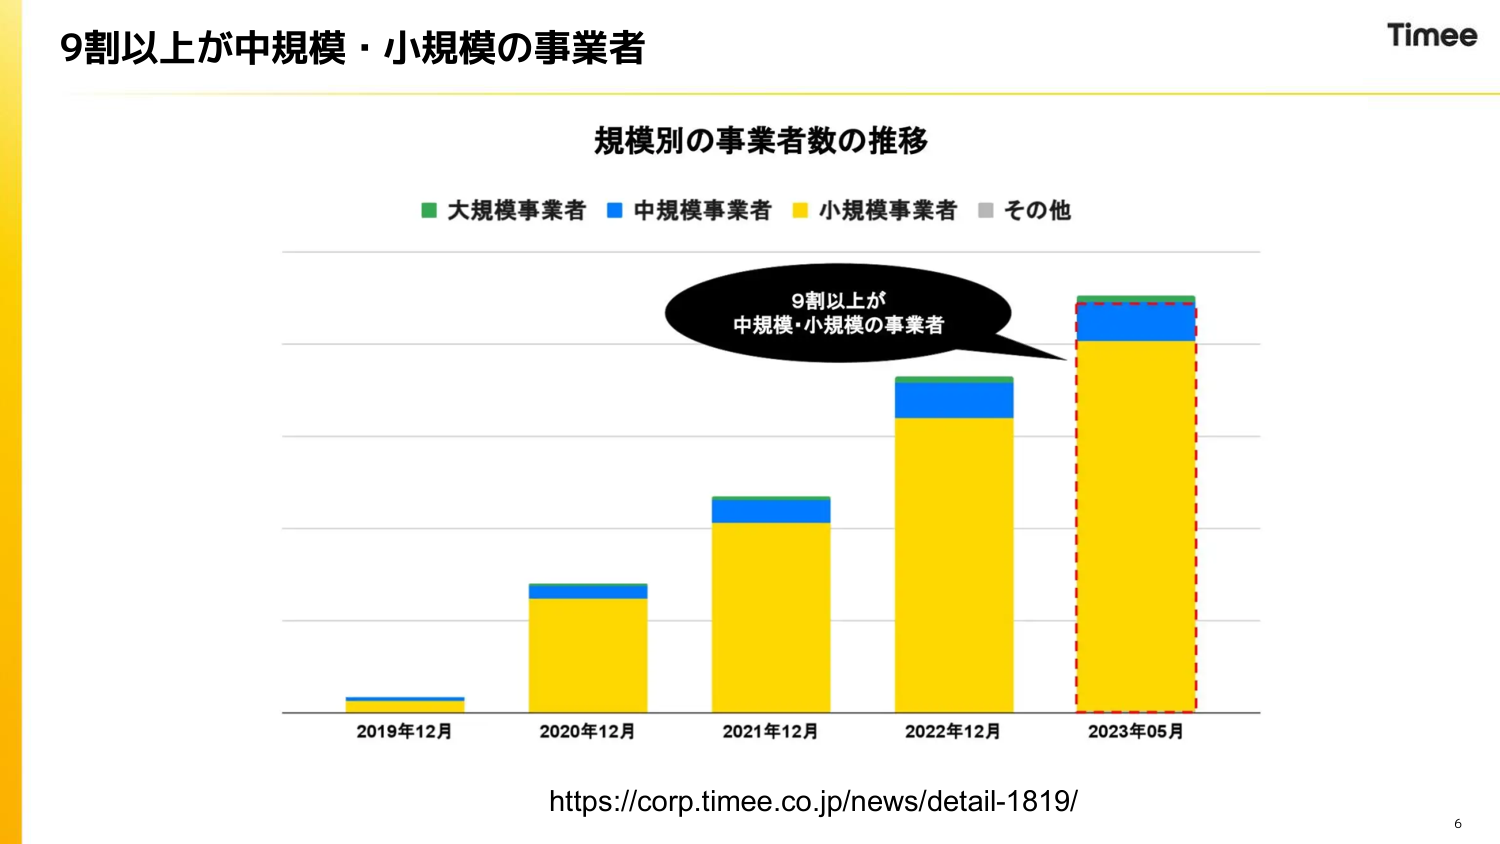
9割以上が中規模・小規模の事業者

規模別の事業者数の推移

■ 大規模事業者 ■ 中規模事業者 ■ 小規模事業者 ■ その他

9割以上が
中規模・小規模の事業者

2019年12月
2020年12月
2021年12月
2022年12月
2023年05月

https://corp.timee.co.jp/news/detail-1819/

Timee

6